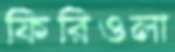
ফিরিওলা